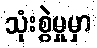
သုံးစွဲမှုမှာ